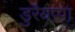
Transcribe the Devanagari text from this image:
डुरैयप्पा